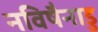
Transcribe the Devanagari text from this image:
नविषैनाडु